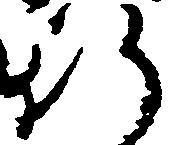
行